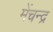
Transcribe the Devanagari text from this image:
मेंचन्द्र